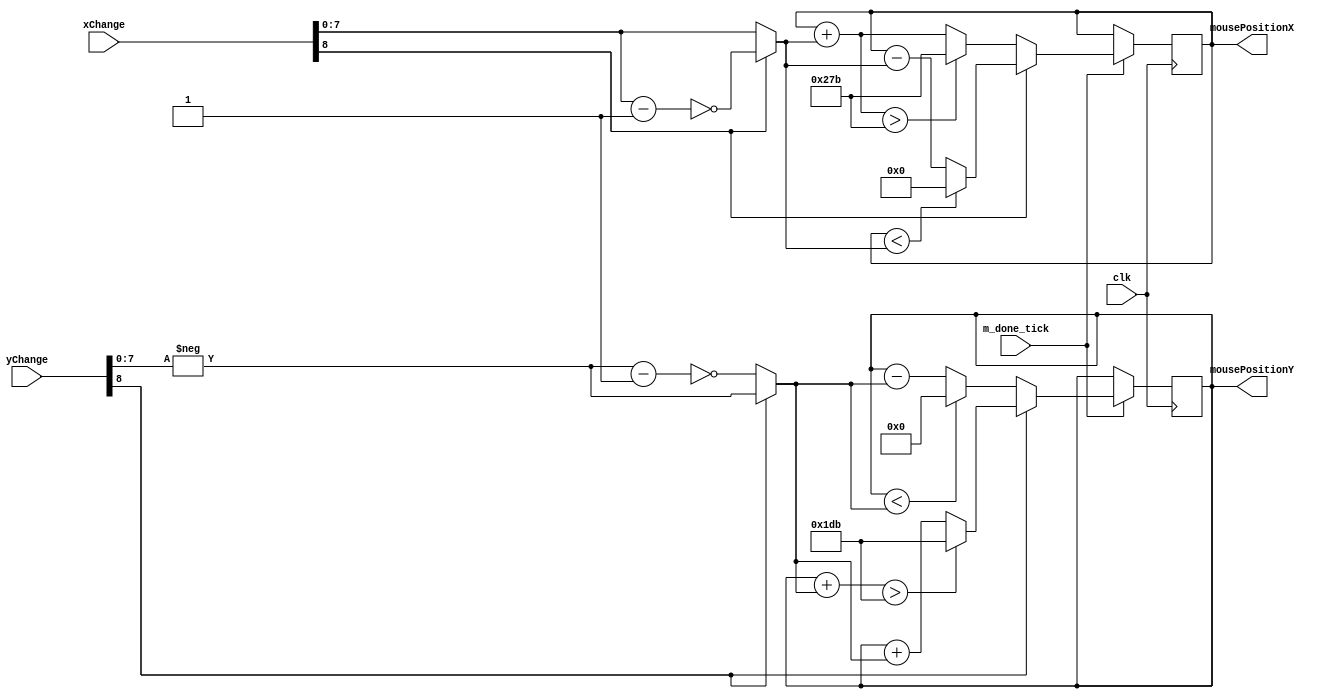
`timescale 1ns / 1ps
//////////////////////////////////////////////////////////////////////////////////
// Company: 
// Engineer: 
// 
// Design Name: 
// Module Name:    MousePosition 
// Project Name: 
// Target Devices: 
// Tool versions: 
// Description: 
//
// Dependencies: 
//
// Revision: 
// Revision 0.01 - File Created
// Additional Comments: 
//
//////////////////////////////////////////////////////////////////////////////////
module MousePosition(
	 input wire clk,
	 input wire m_done_tick,
    input wire [8:0] xChange,
    input wire [8:0] yChange,
    output reg [9:0] mousePositionX = 10'b0,
    output reg [8:0] mousePositionY = 10'b0
    );
	 
	 reg [7:0] xMoveAux = 0;
	 reg [7:0] yMoveAux = 0;
	 wire [7:0] xMove;
	 wire [7:0] yMove;	 
	 
	 //Logic for the x axis movement 
	 always@(posedge clk)
		begin
			if (m_done_tick) 
			begin
				if(~xChange[8])
					begin
						if(~((mousePositionX + xMove) > 10'd635))
							mousePositionX = mousePositionX + xMove;
						else 
							mousePositionX = 10'd635;
					end
				else 
					begin
						if(~(mousePositionX < xMove))
							mousePositionX = mousePositionX - xMove;
						else
							mousePositionX = 10'b0;
					end
			end
		end
	 
	  //Logic for the y axis movement 
	 always@(posedge clk)
		begin
			if (m_done_tick) 
			begin					
				if(yChange[8])
					begin
						if(~((mousePositionY + yMove) > 10'd475))
							mousePositionY = mousePositionY + yMove;
						else
							mousePositionY = 10'd475;
					end
				else
					begin
						if(~(mousePositionY < yMove))
							mousePositionY = mousePositionY - yMove;
						else
							mousePositionY = 10'b0;
					end
			end
		end
	

	 //Here I get the data comming from the mouse module for the X move
	//The positive stay the same, but for the negative a de-complement is needed	 
	 always@*
		begin
			if(xChange[8])
				begin 
					xMoveAux = (xChange[7:0] - 1); //de-complement 
					xMoveAux = ~xMoveAux;
				end
			else
				xMoveAux = xChange[7:0];
		end	 
		
		
	//Here I get the data comming from the mouse module for the Y move
	//The positive stay the same, but for the negative a de-complement is needed
	 always@*
		begin
			if(~yChange[8])
				begin 
					yMoveAux = (-yChange[7:0] - 1); //de-complement 
					yMoveAux = ~yMoveAux;
				end
			else
				yMoveAux = -yChange[7:0];
		end 			
			 
	 assign xMove = xMoveAux;
	 assign yMove = yMoveAux;	 


endmodule